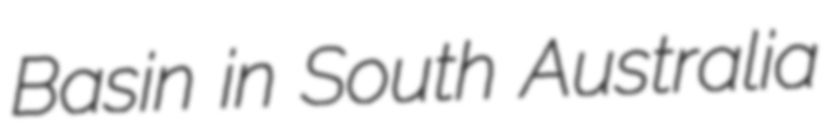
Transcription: Basin in South Australia